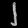
Digit: ၂